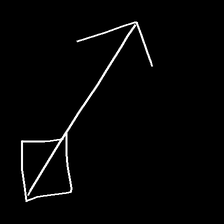
Glyph: focus